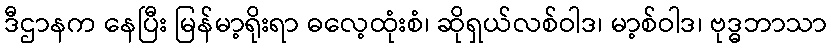
ဒီဌာနက နေပြီး မြန်မာ့ရိုးရာ ဓလေ့ထုံးစံ၊ ဆိုရှယ်လစ်ဝါဒ၊ မာ့စ်ဝါဒ၊ ဗုဒ္ဓဘာသာ